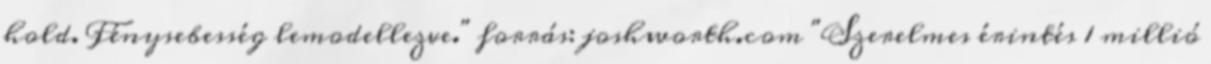
hold. Fénysebesség lemodellezve." forrás: joshworth.com "Szerelmes érintés 1 millió